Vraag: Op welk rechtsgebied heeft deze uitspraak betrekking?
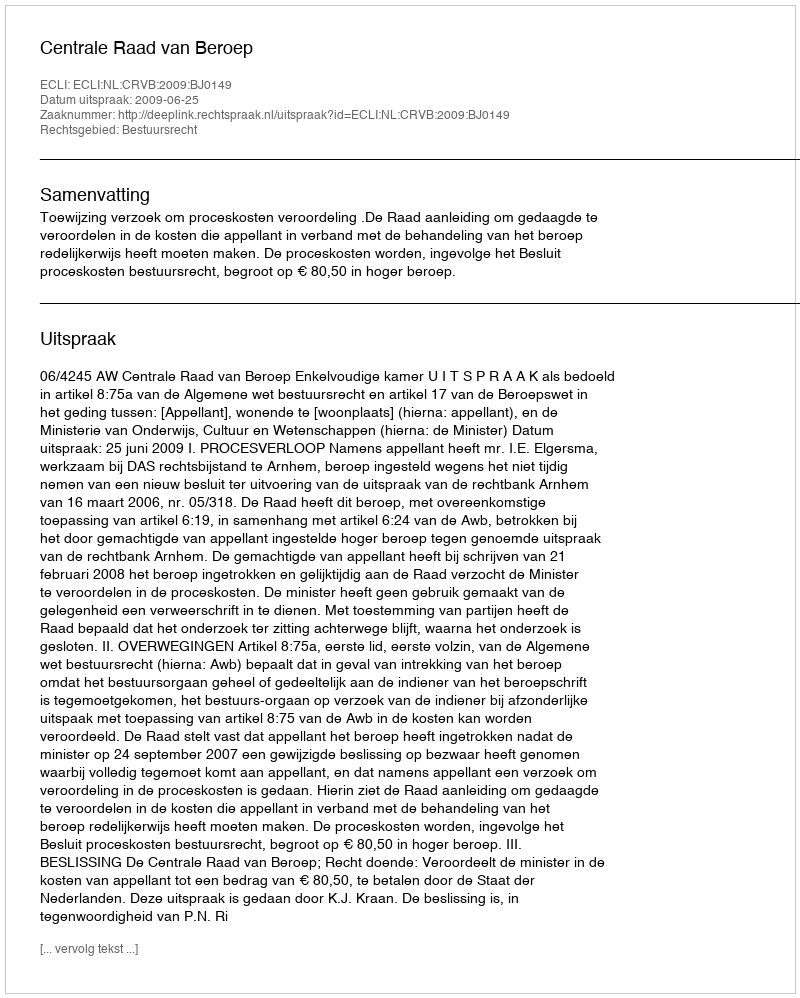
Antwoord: Bestuursrecht